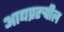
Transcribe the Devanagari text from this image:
आद्यप्ररुपील